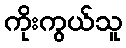
ကိုးကွယ်သူ